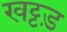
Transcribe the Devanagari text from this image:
खट्टड़